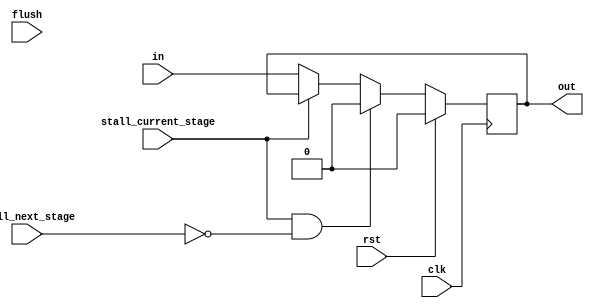
`timescale 1ns / 1ps

module PipelineDeliver #(
  parameter WIDTH = 1
) (
  input                     clk,
  input                     rst,
  input                     flush,
  input                     stall_current_stage,
  input                     stall_next_stage,
  input       [WIDTH - 1:0] in,
  output  reg [WIDTH - 1:0] out
);

  always @(posedge clk) begin
    if (rst) begin
      out <= 0;
    end
    else if (stall_current_stage && !stall_next_stage) begin
      out <= 0;
    end
    else if (!stall_current_stage) begin
      out <= in;
    end
  end

endmodule // PipelineDeliver